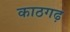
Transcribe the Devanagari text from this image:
काठगढ़